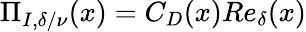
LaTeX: \Pi_{I,\delta/\nu}(x)=C_{D}(x)Re_{\delta}(x)